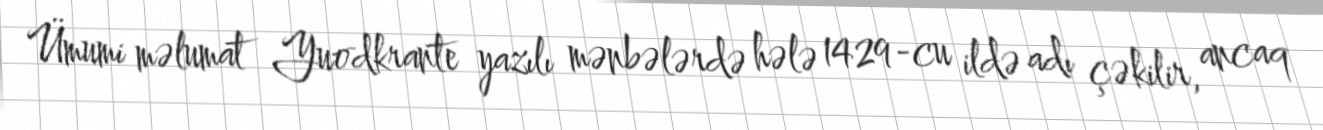
Ümumi məlumat Yuodkrante yazılı mənbələrdə hələ 1429-cu ildə adı çəkilir, ancaq